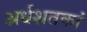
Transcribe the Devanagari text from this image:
अर्धशतकां